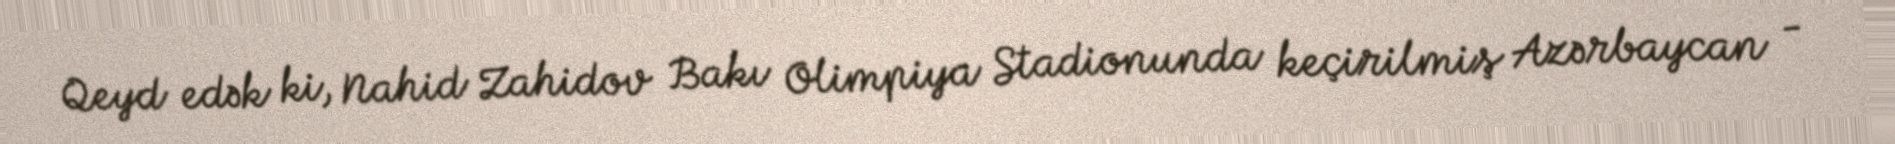
Qeyd edək ki, Nahid Zahidov Bakı Olimpiya Stadionunda keçirilmiş Azərbaycan -